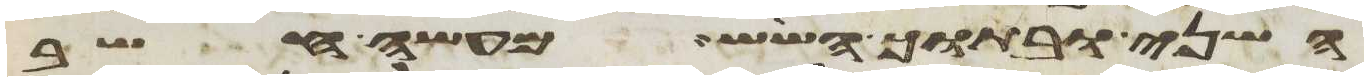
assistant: השני ובתוך השש מעשה חשב